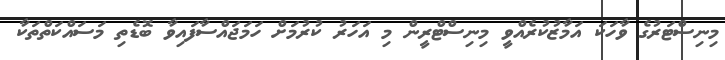
މިނިސްޓަރުގެ ވާހަކަ އަމާޒުކުރެއްވީ މިނިސްޓްރީން މި އަހަރު ކުރުމަށް ހަމަޖައްސާފައިވާ ބޮޑެތި މަސައްކަތްތަކާ